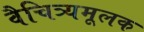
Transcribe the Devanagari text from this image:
वैचित्र्यमूलक